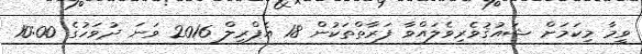
ވީމާ މިކަމަށް ޝައުޤުވެރިވެލައްވާ ފަރާތްތަކުން 18 އެޕްރީލް 2016 ވަނަ ދުވަހުގެ 10:00